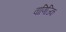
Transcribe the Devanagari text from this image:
वाणिज्कि